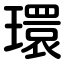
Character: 環